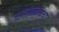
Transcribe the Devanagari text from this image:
घाटाजवळचा